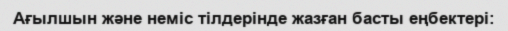
Ағылшын және неміс тілдерінде жазған басты еңбектері: